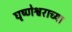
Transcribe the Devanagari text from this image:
घृष्णेश्वराच्या